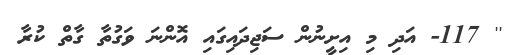
'' 117- އަދި މި އިށީނުން ސަޖިދައިގައި އޮންނަ ވަގުތާ ގާތް ކުރާ